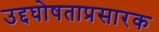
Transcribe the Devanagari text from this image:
उद्दघोषताप्रसारक